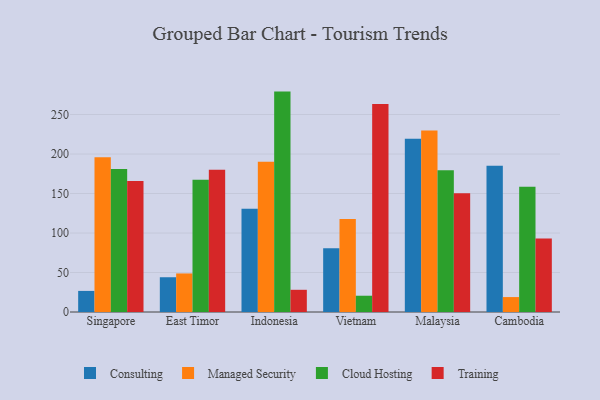
{"axis": {"x": "Country", "y": "Market Share (%)"}, "legend": ["Cloud Hosting", "Consulting", "Managed Security", "Training"], "data": [{"x": "Singapore", "y": 26.7, "type": "Consulting"}, {"x": "Singapore", "y": 195.9, "type": "Managed Security"}, {"x": "Singapore", "y": 181.0, "type": "Cloud Hosting"}, {"x": "Singapore", "y": 165.8, "type": "Training"}, {"x": "East Timor", "y": 44.0, "type": "Consulting"}, {"x": "East Timor", "y": 48.8, "type": "Managed Security"}, {"x": "East Timor", "y": 167.3, "type": "Cloud Hosting"}, {"x": "East Timor", "y": 180.2, "type": "Training"}, {"x": "Indonesia", "y": 130.8, "type": "Consulting"}, {"x": "Indonesia", "y": 190.1, "type": "Managed Security"}, {"x": "Indonesia", "y": 279.0, "type": "Cloud Hosting"}, {"x": "Indonesia", "y": 28.1, "type": "Training"}, {"x": "Vietnam", "y": 80.6, "type": "Consulting"}, {"x": "Vietnam", "y": 117.6, "type": "Managed Security"}, {"x": "Vietnam", "y": 20.6, "type": "Cloud Hosting"}, {"x": "Vietnam", "y": 263.2, "type": "Training"}, {"x": "Malaysia", "y": 219.3, "type": "Consulting"}, {"x": "Malaysia", "y": 229.8, "type": "Managed Security"}, {"x": "Malaysia", "y": 179.3, "type": "Cloud Hosting"}, {"x": "Malaysia", "y": 150.4, "type": "Training"}, {"x": "Cambodia", "y": 185.1, "type": "Consulting"}, {"x": "Cambodia", "y": 18.9, "type": "Managed Security"}, {"x": "Cambodia", "y": 158.4, "type": "Cloud Hosting"}, {"x": "Cambodia", "y": 93.2, "type": "Training"}]}